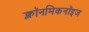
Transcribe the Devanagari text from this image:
क्लॉनमिकनॉइज